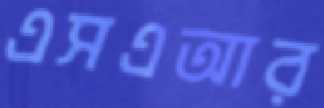
এসএআর